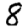
Digit: 8